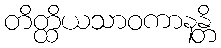
တိတ္ထိယသာဝကာနန္တိ